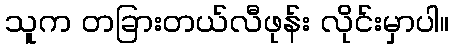
သူက တခြားတယ်လီဖုန်း လိုင်းမှာပါ။